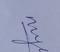
Signature authenticity: genuine